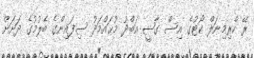
ރޭ ކްރިމިނަލް ކޯޓުގެ އިސް ގާޟީ އަބްދު މުޙައްމަދު ސިފައިންގެ ބެލުމުގެ ދަށަށް